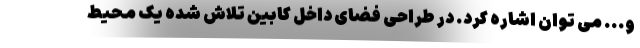
و... می توان اشاره کرد. در طراحی فضای داخل کابین تلاش شده یک محیط